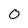
Character: 0